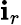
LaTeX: \mathbf{i}_{r}